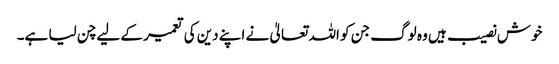
خوش نصیب ہیں وہ لوگ جن کو اللہ تعالیٰ نے اپنے دین کی تعمیر کے لیے چن لیا ہے۔